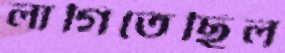
লাগিতেছিল